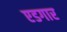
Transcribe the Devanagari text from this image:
एडगार